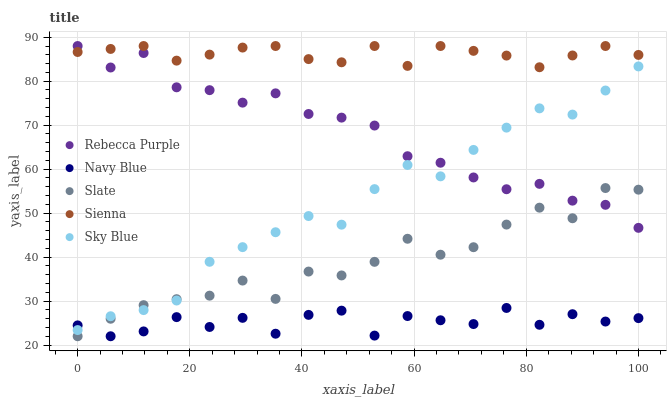
| xaxis_label | Rebecca Purple | Navy Blue | Slate | Sienna | Sky Blue |
 | --- | --- | --- | --- | --- | --- |
 | 0 | 88 | 24.5 | 22 | 86.6 | 23.4 |
 | 5.88 | 83.1 | 22 | 26 | 87.3 | 26.6 |
 | 11.8 | 86.4 | 23.1 | 29.1 | 88 | 27.9 |
 | 17.6 | 78.6 | 26.3 | 30.4 | 84.7 | 30.1 |
 | 23.5 | 78 | 24.1 | 31.2 | 86 | 38.9 |
 | 29.4 | 75.1 | 26.2 | 34.7 | 87.6 | 42.3 |
 | 35.3 | 77.2 | 22.6 | 30.5 | 88 | 45.7 |
 | 41.2 | 72.5 | 26.9 | 36.7 | 85 | 49.3 |
 | 47.1 | 71.7 | 27.8 | 35.8 | 84.3 | 47.4 |
 | 52.9 | 69.9 | 22.1 | 38.9 | 88 | 55.5 |
 | 58.8 | 62.9 | 26.6 | 44.2 | 83.5 | 60.9 |
 | 64.7 | 61.5 | 25.6 | 40.5 | 88 | 58.4 |
 | 70.6 | 58.1 | 24.8 | 42.2 | 86.9 | 64.4 |
 | 76.5 | 55.4 | 28.4 | 47.4 | 85.8 | 69.4 |
 | 82.4 | 56.7 | 24.6 | 51.2 | 83.2 | 73.8 |
 | 88.2 | 52.8 | 27 | 48.8 | 85.8 | 72.4 |
 | 94.1 | 51.9 | 25.3 | 55.7 | 88 | 77.9 |
 | 100 | 46.7 | 26.1 | 55.3 | 86 | 83.4 |